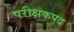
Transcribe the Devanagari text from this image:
परीक्षकपद